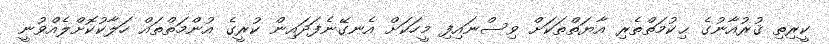
ކީރިތި ޤުރުއާނުގެ ޙިކުމަތްތެރި އާޔަތްތަކަށް ވިސްނައިފި މީހަކަށް އެނގޭނެފަދައިން ކުރީގެ އުންމަތްތައް ހަލާކުކޮށްލެއްވުނީ